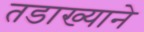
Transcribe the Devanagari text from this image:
तडाख्याने